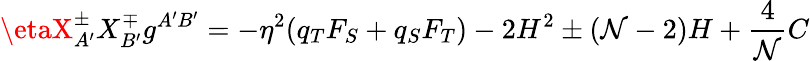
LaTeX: \etaX_{A^{\prime}}^{\pm}X_{B^{\prime}}^{\mp}g^{A^{\prime}B^{\prime}}=-\eta^{2}(q_{T}F_{S}+q_{S}F_{T})-2H^{2}\pm(\mathcal{N}-2)H+\frac{{4}}{{\mathcal{N}}}C